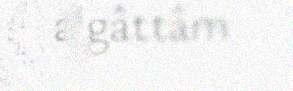
algâttâm